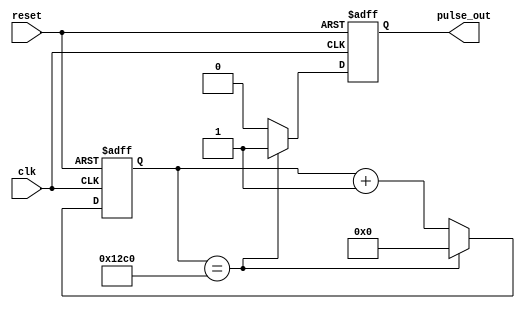
module single_pulse(clk,reset,pulse_out);
input clk;
input reset;
output reg pulse_out;

//input clk=9600,
//here we want 1hz pulse.
//9600/(2*1Hz)=4800 (need 16bits to store)
reg[15:0] counter;
always@(posedge clk or posedge reset)
begin
	if(reset) begin
				counter<=16'd0;
				pulse_out<=1'b0;
				end
	else begin
			if(counter==16'd4800) begin
										pulse_out<=1'b1;
										counter<=16'd0;
									end
			else begin
					counter<=counter+1'b1;	
					pulse_out<=1'b0;
					end
			end
end
endmodule